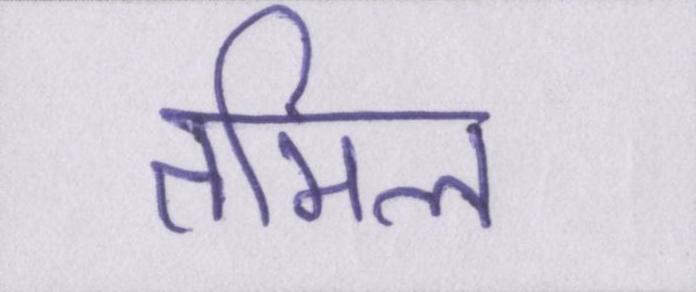
तमिल